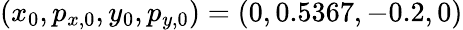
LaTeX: (x_{0},p_{x,0},y_{0},p_{y,0})=(0,0.5367,-0.2,0)